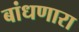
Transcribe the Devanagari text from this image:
बांधणारा